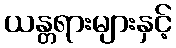
ယန္တရားများနှင့်